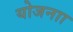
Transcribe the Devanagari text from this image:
योजनाा